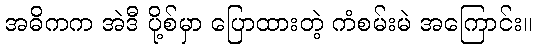
အဓိကက အဲဒီ ပို့စ်မှာ ပြောထားတဲ့ ကံစမ်းမဲ အကြောင်း။